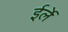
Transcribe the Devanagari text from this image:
ईर्ले